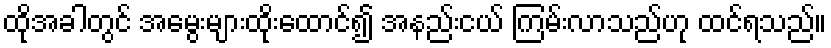
ထိုအခါတွင် အမွေးများထိုးထောင်၍ အနည်းငယ် ကြမ်းလာသည်ဟု ထင်ရသည်။